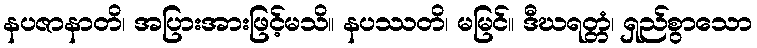
နပဇာနာတိ၊ အပြားအားဖြင့်မသိ။ နပဿတိ၊ မမြင်။ ဒီဃရတ္တံ၊ ရှည်စွာသော